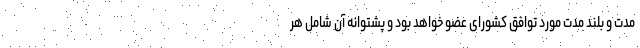
مدت و بلند مدت مورد توافق کشورای عضو خواهد بود و پشتوانه آن شامل هر